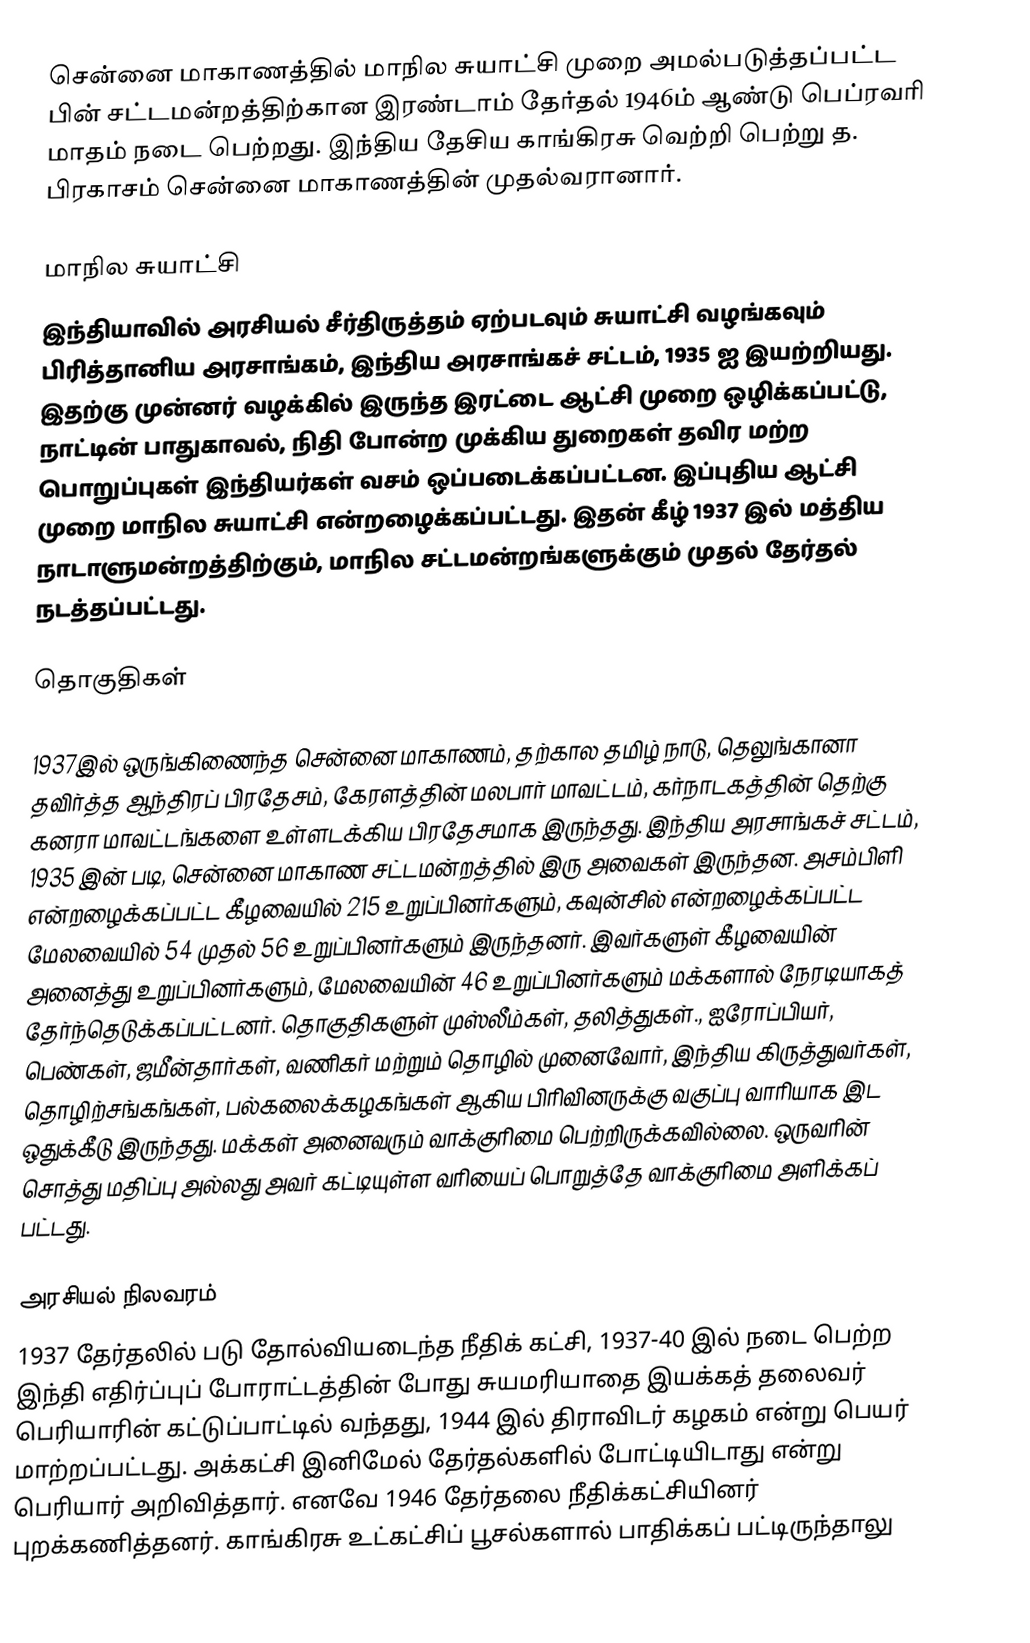
சென்னை மாகாணத்தில் மாநில சுயாட்சி முறை அமல்படுத்தப்பட்ட பின் சட்டமன்றத்திற்கான இரண்டாம் தேர்தல் 1946ம் ஆண்டு பெப்ரவரி மாதம் நடை பெற்றது. இந்திய தேசிய காங்கிரசு வெற்றி பெற்று த. பிரகாசம் சென்னை மாகாணத்தின் முதல்வரானார்.

மாநில சுயாட்சி
இந்தியாவில் அரசியல் சீர்திருத்தம் ஏற்படவும் சுயாட்சி வழங்கவும் பிரித்தானிய அரசாங்கம், இந்திய அரசாங்கச் சட்டம், 1935 ஐ இயற்றியது. இதற்கு முன்னர் வழக்கில் இருந்த இரட்டை ஆட்சி முறை ஒழிக்கப்பட்டு, நாட்டின் பாதுகாவல், நிதி போன்ற முக்கிய துறைகள் தவிர மற்ற பொறுப்புகள் இந்தியர்கள் வசம் ஒப்படைக்கப்பட்டன. இப்புதிய ஆட்சி முறை மாநில சுயாட்சி என்றழைக்கப்பட்டது. இதன் கீழ் 1937 இல் மத்திய நாடாளுமன்றத்திற்கும், மாநில சட்டமன்றங்களுக்கும் முதல் தேர்தல் நடத்தப்பட்டது.

தொகுதிகள்

1937இல் ஒருங்கிணைந்த சென்னை மாகாணம், தற்கால தமிழ் நாடு, தெலுங்கானா தவிர்த்த ஆந்திரப் பிரதேசம், கேரளத்தின் மலபார் மாவட்டம், கர்நாடகத்தின் தெற்கு கனரா மாவட்டங்களை உள்ளடக்கிய பிரதேசமாக இருந்தது. இந்திய அரசாங்கச் சட்டம், 1935 இன் படி, சென்னை மாகாண சட்டமன்றத்தில் இரு அவைகள் இருந்தன. அசம்பிளி என்றழைக்கப்பட்ட கீழவையில் 215 உறுப்பினர்களும், கவுன்சில் என்றழைக்கப்பட்ட மேலவையில் 54 முதல் 56 உறுப்பினர்களும் இருந்தனர். இவர்களுள் கீழவையின் அனைத்து உறுப்பினர்களும், மேலவையின் 46 உறுப்பினர்களும் மக்களால் நேரடியாகத் தேர்ந்தெடுக்கப்பட்டனர்.  தொகுதிகளுள் முஸ்லீம்கள், தலித்துகள்., ஐரோப்பியர், பெண்கள், ஜமீன்தார்கள், வணிகர் மற்றும் தொழில் முனைவோர், இந்திய கிருத்துவர்கள், தொழிற்சங்கங்கள், பல்கலைக்கழகங்கள் ஆகிய பிரிவினருக்கு வகுப்பு வாரியாக இட ஒதுக்கீடு இருந்தது. மக்கள் அனைவரும் வாக்குரிமை பெற்றிருக்கவில்லை. ஒருவரின் சொத்து மதிப்பு அல்லது அவர் கட்டியுள்ள வரியைப் பொறுத்தே வாக்குரிமை அளிக்கப் பட்டது.

அரசியல் நிலவரம்
1937 தேர்தலில் படு தோல்வியடைந்த நீதிக் கட்சி, 1937-40 இல் நடை பெற்ற இந்தி எதிர்ப்புப் போராட்டத்தின் போது சுயமரியாதை இயக்கத் தலைவர் பெரியாரின் கட்டுப்பாட்டில் வந்தது, 1944 இல் திராவிடர் கழகம் என்று பெயர் மாற்றப்பட்டது. அக்கட்சி இனிமேல் தேர்தல்களில் போட்டியிடாது என்று பெரியார் அறிவித்தார். எனவே 1946 தேர்தலை நீதிக்கட்சியினர் புறக்கணித்தனர். காங்கிரசு உட்கட்சிப் பூசல்களால் பாதிக்கப் பட்டிருந்தாலு